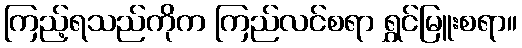
ကြည့်ရသည်ကိုက ကြည်လင်စရာ ရွှင်မြူးစရာ။